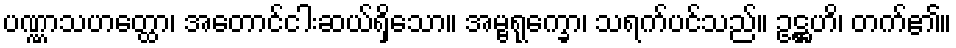
ပဏ္ဏာသဟတ္ထော၊ အတောင်ငါးဆယ်ရှိသော။ အမ္ဗရုက္ခော၊ သရက်ပင်သည်။ ဥဋ္ဌဟိ၊ တက်၏။